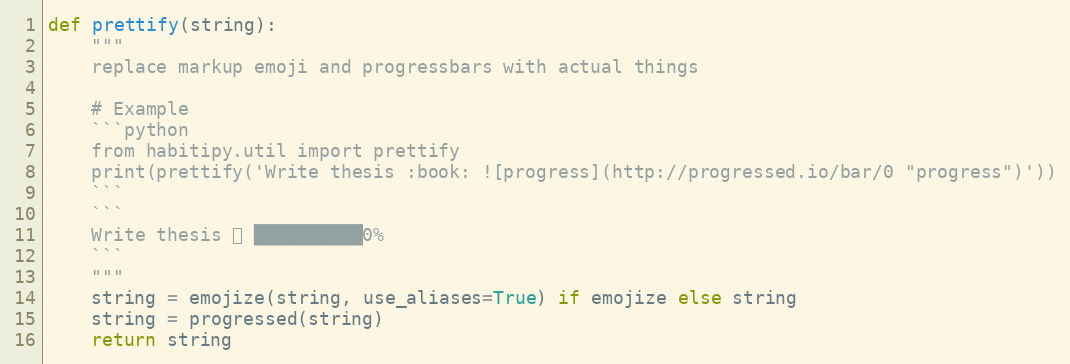
Language: Python
def prettify(string):
    """
    replace markup emoji and progressbars with actual things

    # Example
    ```python
    from habitipy.util import prettify
    print(prettify('Write thesis :book: ![progress](http://progressed.io/bar/0 "progress")'))
    ```
    ```
    Write thesis 📖 ██████████0%
    ```
    """
    string = emojize(string, use_aliases=True) if emojize else string
    string = progressed(string)
    return string